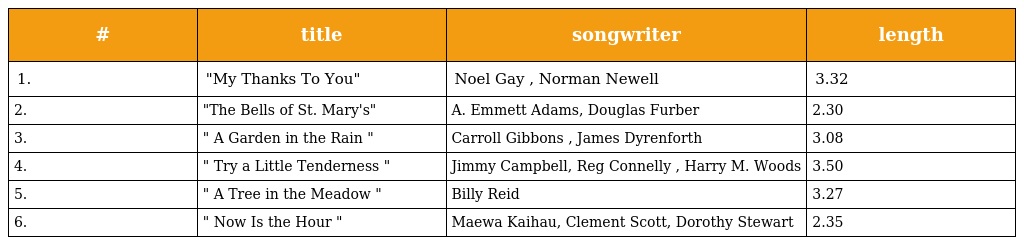
| # | title | songwriter | length |
 | --- | --- | --- | --- |
 | 1. | "My Thanks To You" | Noel Gay , Norman Newell | 3.32 |
 | 2. | "The Bells of St. Mary's" | A. Emmett Adams, Douglas Furber | 2.30 |
 | 3. | " A Garden in the Rain " | Carroll Gibbons , James Dyrenforth | 3.08 |
 | 4. | " Try a Little Tenderness " | Jimmy Campbell, Reg Connelly , Harry M. Woods | 3.50 |
 | 5. | " A Tree in the Meadow " | Billy Reid | 3.27 |
 | 6. | " Now Is the Hour " | Maewa Kaihau, Clement Scott, Dorothy Stewart | 2.35 |